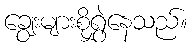
ချွေးများစိုရွှဲနေသည်။